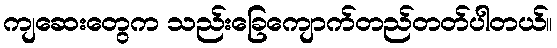
ကျဆေးတွေက သည်းခြေကျောက်တည်တတ်ပါတယ်။